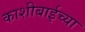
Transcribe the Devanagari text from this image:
काशीबाईच्या